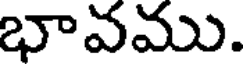
భావము.